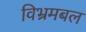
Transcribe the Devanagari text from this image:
विभ्रमबल